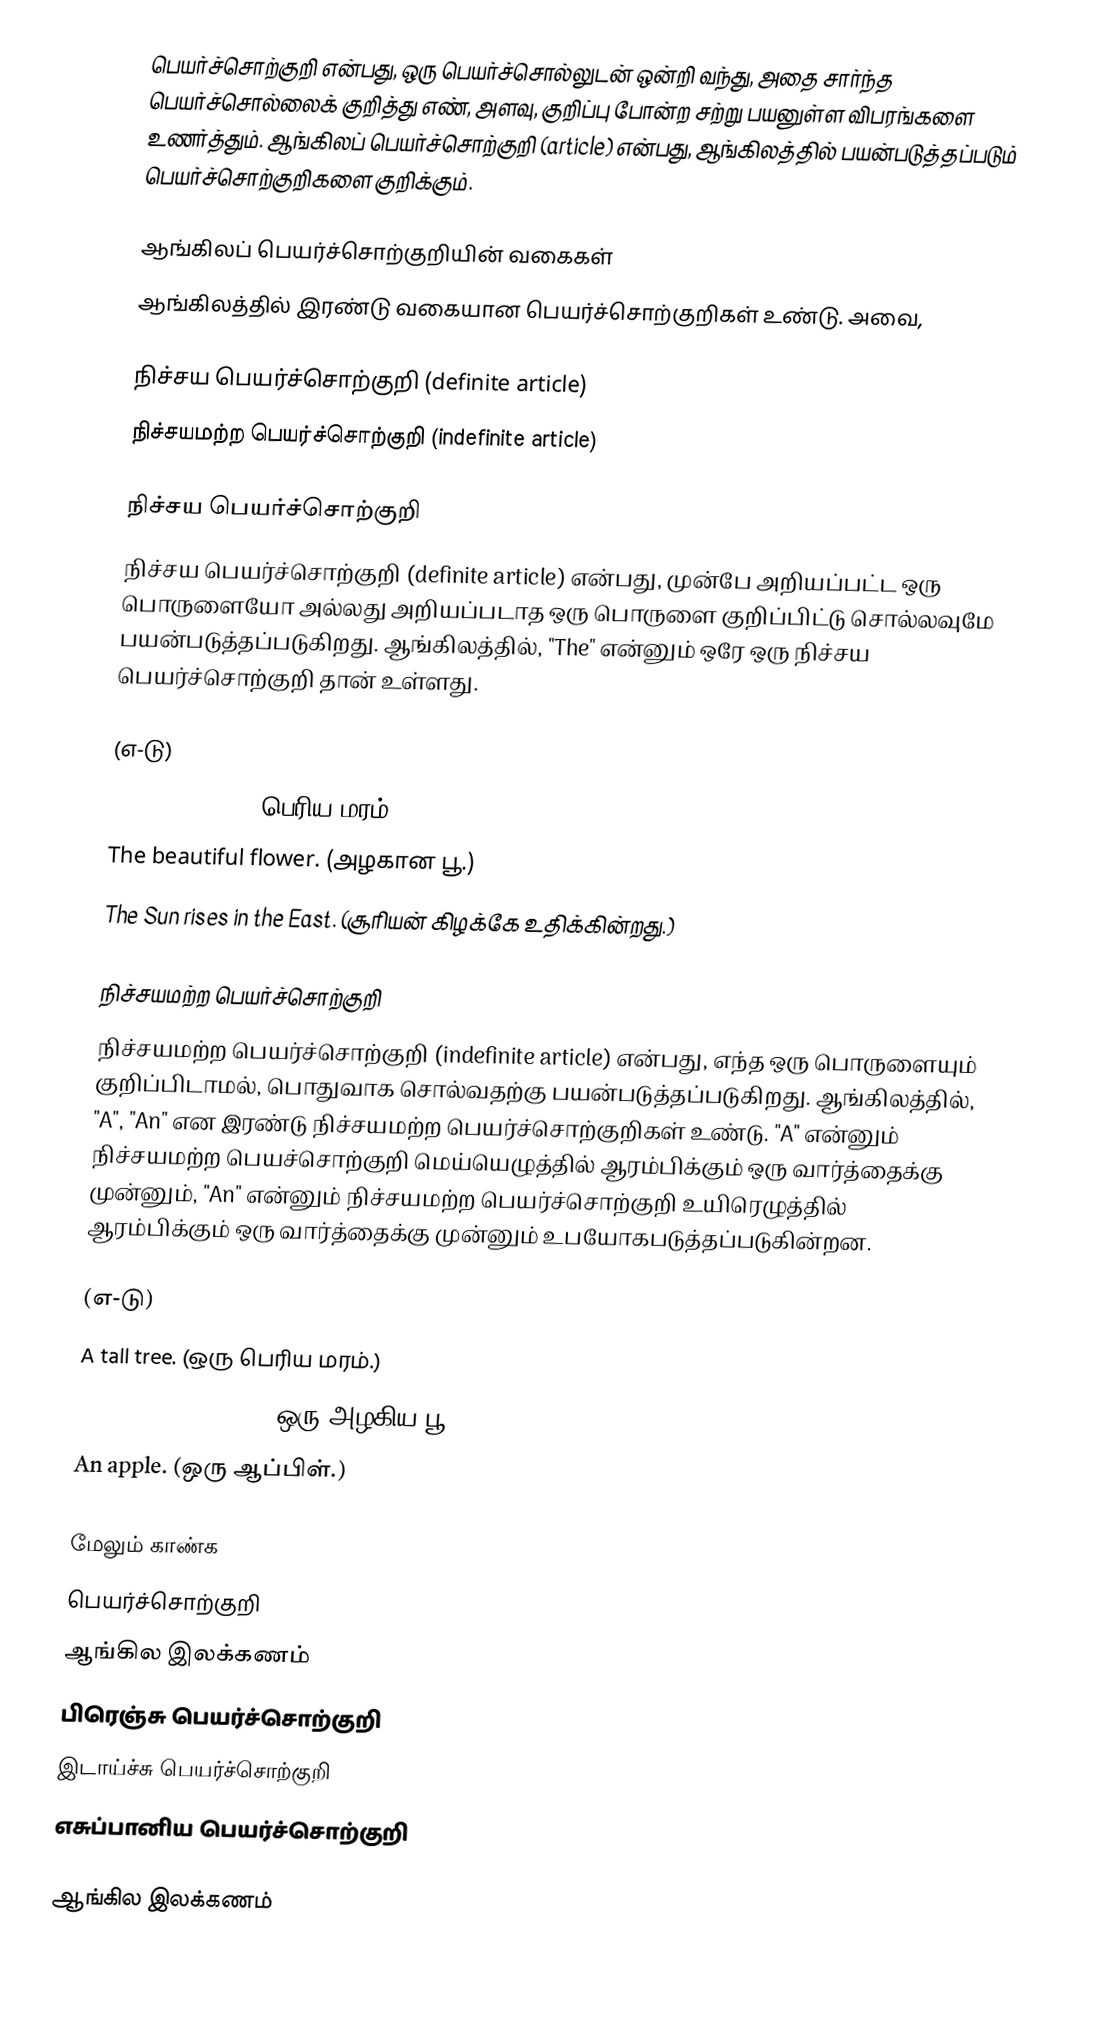
பெயர்ச்சொற்குறி என்பது, ஒரு பெயர்ச்சொல்லுடன் ஒன்றி வந்து, அதை சார்ந்த பெயர்ச்சொல்லைக் குறித்து எண், அளவு, குறிப்பு போன்ற சற்று பயனுள்ள விபரங்களை உணர்த்தும். ஆங்கிலப் பெயர்ச்சொற்குறி (article) என்பது, ஆங்கிலத்தில் பயன்படுத்தப்படும் பெயர்ச்சொற்குறிகளை குறிக்கும்.

ஆங்கிலப் பெயர்ச்சொற்குறியின் வகைகள்
ஆங்கிலத்தில் இரண்டு வகையான பெயர்ச்சொற்குறிகள் உண்டு. அவை,

நிச்சய பெயர்ச்சொற்குறி (definite article)
நிச்சயமற்ற பெயர்ச்சொற்குறி (indefinite article)

நிச்சய பெயர்ச்சொற்குறி
நிச்சய பெயர்ச்சொற்குறி (definite article) என்பது, முன்பே அறியப்பட்ட ஒரு பொருளையோ அல்லது அறியப்படாத ஒரு பொருளை குறிப்பிட்டு சொல்லவுமே பயன்படுத்தப்படுகிறது. ஆங்கிலத்தில், "The" என்னும் ஒரே ஒரு நிச்சய பெயர்ச்சொற்குறி தான் உள்ளது.

(எ-டு)
 The tall tree. (பெரிய மரம்.)
 The beautiful flower. (அழகான பூ.)
 The Sun rises in the East. (சூரியன் கிழக்கே உதிக்கின்றது.)

நிச்சயமற்ற பெயர்ச்சொற்குறி
நிச்சயமற்ற பெயர்ச்சொற்குறி (indefinite article) என்பது, எந்த ஒரு பொருளையும் குறிப்பிடாமல், பொதுவாக சொல்வதற்கு பயன்படுத்தப்படுகிறது. ஆங்கிலத்தில், "A", "An" என இரண்டு நிச்சயமற்ற பெயர்ச்சொற்குறிகள் உண்டு. "A" என்னும் நிச்சயமற்ற பெயச்சொற்குறி மெய்யெழுத்தில் ஆரம்பிக்கும் ஒரு வார்த்தைக்கு முன்னும், "An" என்னும் நிச்சயமற்ற பெயர்ச்சொற்குறி உயிரெழுத்தில் ஆரம்பிக்கும் ஒரு வார்த்தைக்கு முன்னும் உபயோகபடுத்தப்படுகின்றன.

(எ-டு)
 A tall tree. (ஒரு பெரிய மரம்.)
 A beautiful flower. (ஒரு அழகிய பூ.)
 An apple. (ஒரு ஆப்பிள்.)

மேலும் காண்க
பெயர்ச்சொற்குறி
ஆங்கில இலக்கணம்
பிரெஞ்சு பெயர்ச்சொற்குறி
இடாய்ச்சு பெயர்ச்சொற்குறி
எசுப்பானிய பெயர்ச்சொற்குறி

ஆங்கில இலக்கணம்